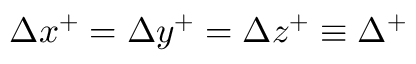
\Delta x ^ { + } = \Delta y ^ { + } = \Delta z ^ { + } \equiv \Delta ^ { + }